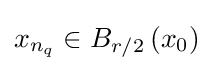
x_{n_{q}}\in B_{r/2}\left(x_{0}\right)